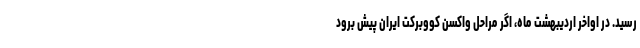
رسید. در اواخر اردیبهشت ماه، اگر مراحل واکسن کووبرکت ایران پیش برود